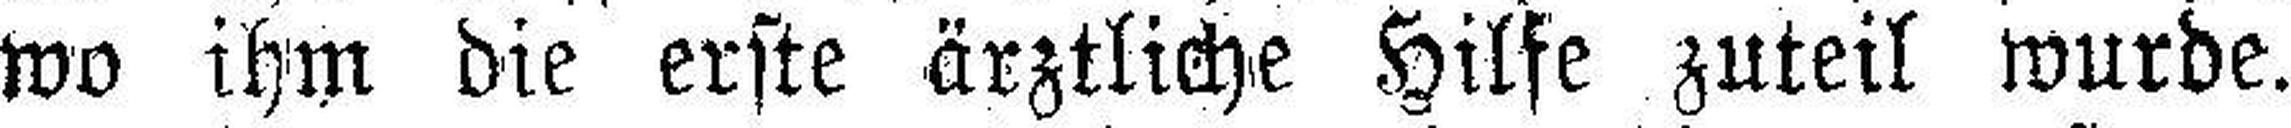
wo ihm die erste ärztliche Hilfe zuteil wurde.